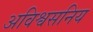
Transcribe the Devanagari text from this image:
अविश्वसनिय